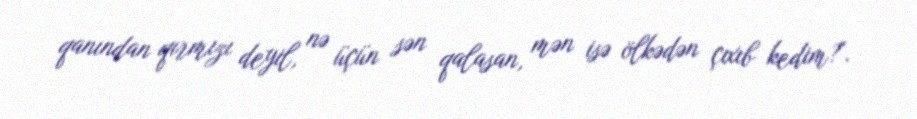
qanından qırmızı deyil, nə üçün sən qalasan, mən isə ölkədən çıxıb kedim?".